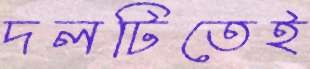
দলটিতেই